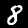
Digit: 8